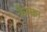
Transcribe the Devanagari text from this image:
कैम्बन